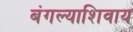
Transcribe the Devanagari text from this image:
बंगल्याशिवाय